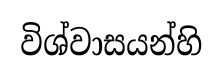
විශ්වාසයන්හි